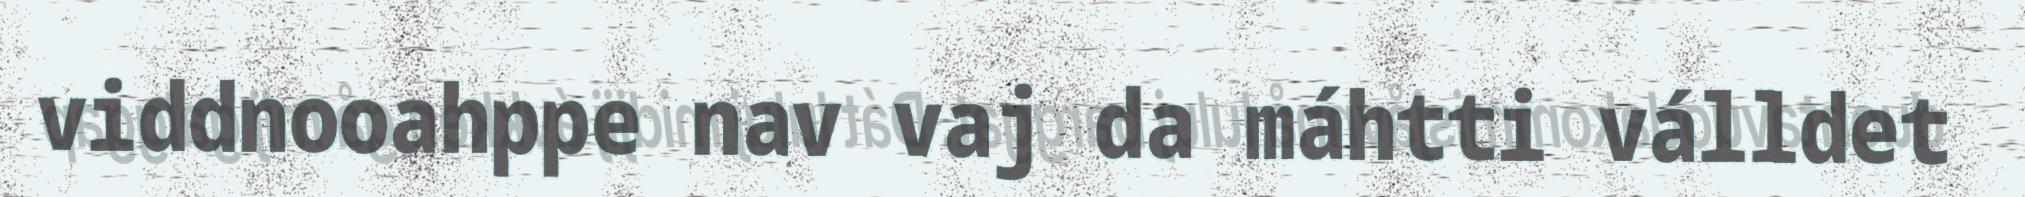
viddnooahppe nav vaj da máhtti válldet